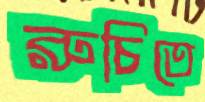
রুচিতে